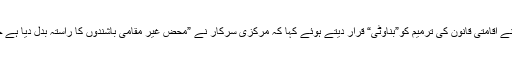
پارٹی ترجمان عمران نبی ڈار نے اقامتی قانون کی ترمیم کو”بناوٹی“ قرار دیتے ہوئے کہا کہ مرکزی سرکار نے ”محض غیر مقامی باشندوں کا راستہ بدل دیا ہے جبکہ منزل اب بھی کھلی ہے“۔